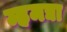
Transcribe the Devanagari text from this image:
म्हमद्या